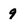
Character: g